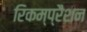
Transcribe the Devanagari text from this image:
रिकम्प्रैशन